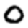
Digit: 0